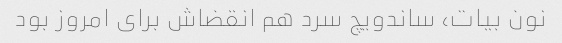
نون بیات، ساندویچ سرد هم انقضاش برای امروز بود